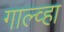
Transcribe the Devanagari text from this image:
गाल्व्हा